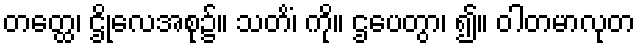
တတ္ထေ၊ ဌိုလေအစု၌။ သတိံ၊ ကို။ ဌပေတွာ၊ ၍။ ဝါတမာလုတ